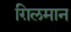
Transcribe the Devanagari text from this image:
ग़िलमान